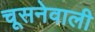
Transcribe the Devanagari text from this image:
चूसनेवाली